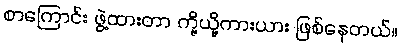
စာကြောင်း ဖွဲ့ထားတာ ကို့ယို့ကားယား ဖြစ်နေတယ်။